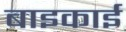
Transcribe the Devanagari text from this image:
बाइकाई